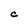
Character: C